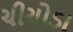
ચીચોડા